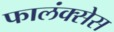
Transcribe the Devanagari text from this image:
फालंक्सेस